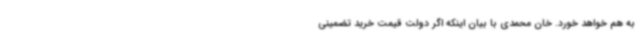
به هم خواهد خورد. خان محمدی با بیان اینکه اگر دولت قیمت خرید تضمینی